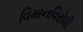
વિમાનવિરોધી